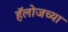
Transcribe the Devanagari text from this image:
हॅलोजच्या